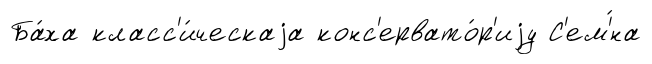
Ба́ха класс'и́ческаjа конс'ервато́р'иjу С'ем'́на